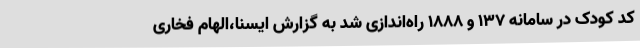
کد کودک در سامانه 137 و 1888 راه‌اندازی شد به گزارش ایسنا،الهام فخاری